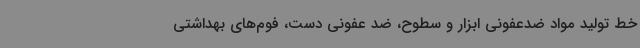
خط تولید مواد ضدعفونی ابزار و سطوح، ضد عفونی دست، فوم‌های بهداشتی